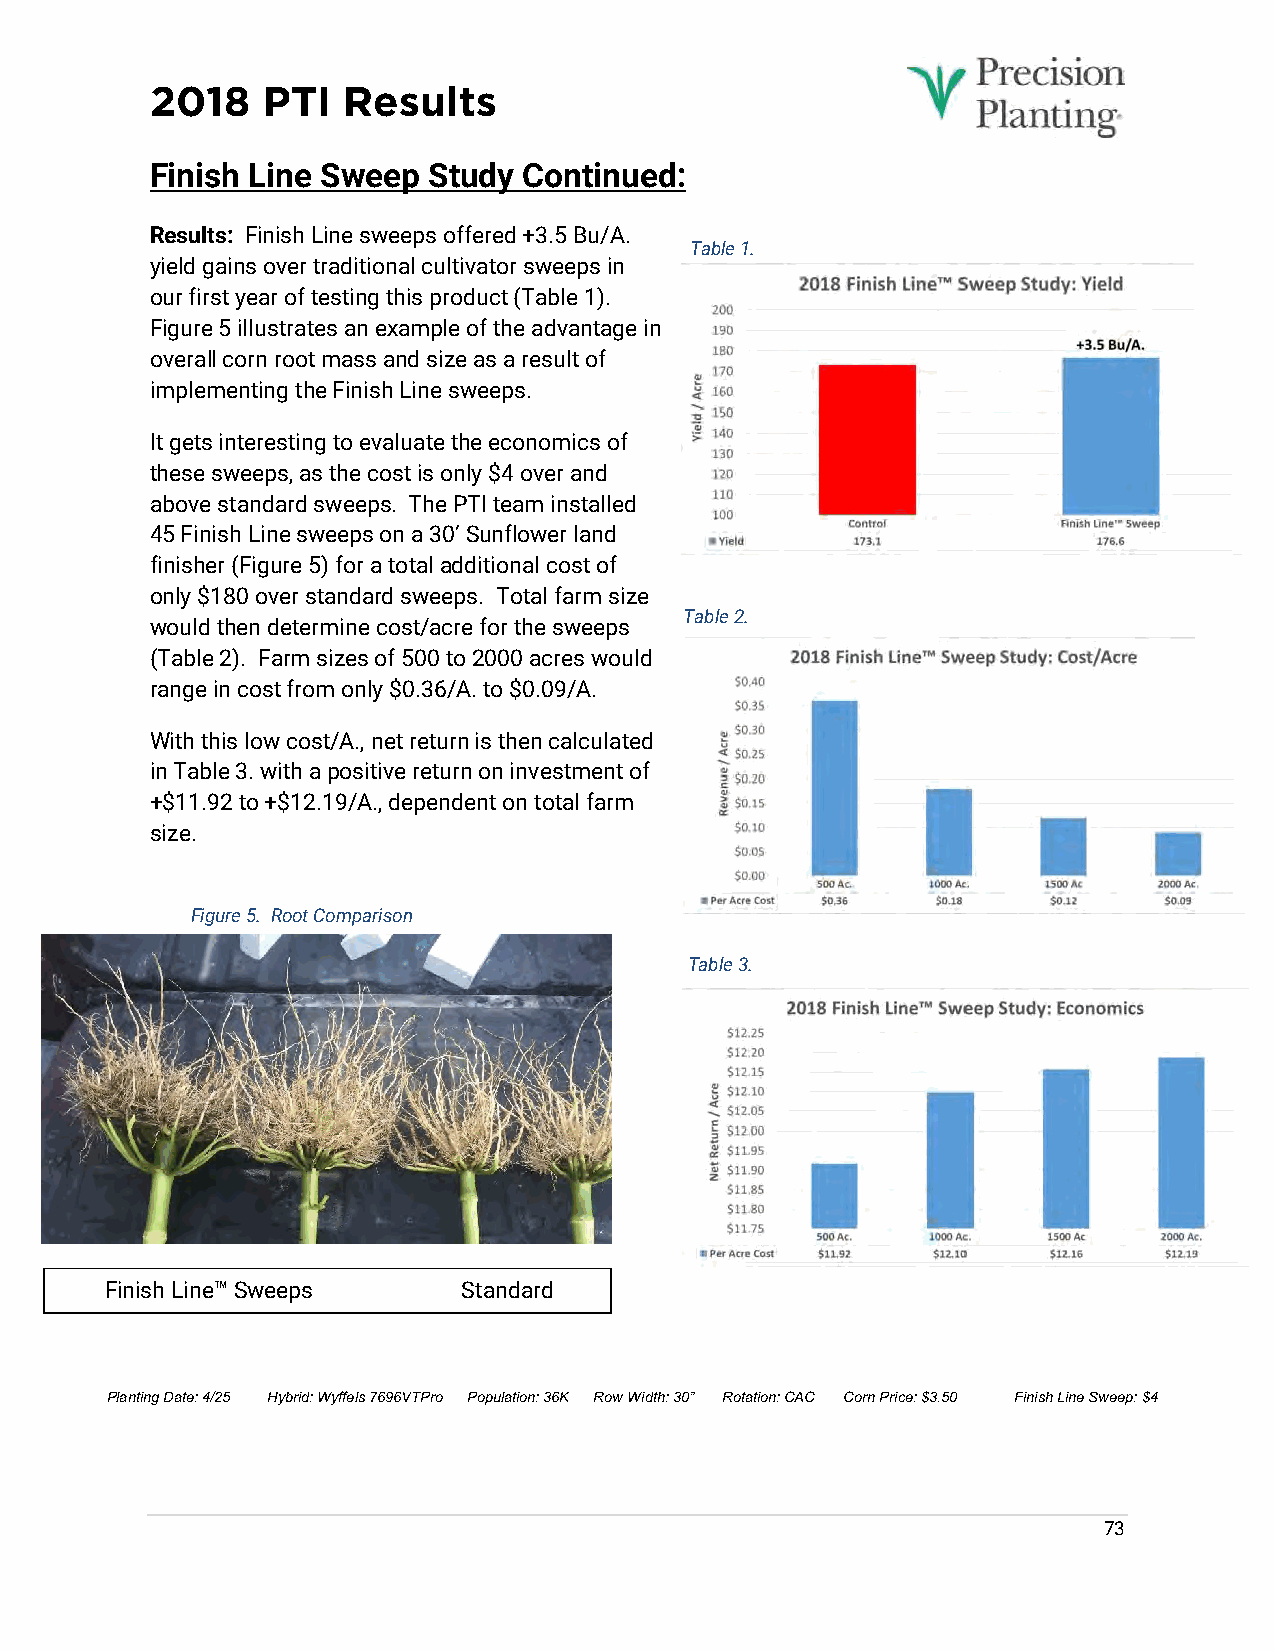
2018   PTI   Results
 Finish Line Sweep Study  Continued:
 Results: Finish Line sweeps offered +3.5 Bu/A.
 Table 1.
 yield gains over traditional cultivator sweeps in
 our first year of testing this product (Table 1).
 Figure 5 illustrates an example of the advantage in
 overall corn root mass and size as a result of
 implementing the Finish Line sweeps.
 It gets interesting to evaluate the economics of
 these sweeps, as the cost is only $4 over and
 above standard sweeps. The PTI team installed
 45 Finish Line sweeps on a 30’ Sunflower land
 finisher (Figure 5) for a total additional cost of
 only $180 over standard sweeps. Total farm size
 Table 2.
 would then determine cost/acre for the sweeps
 (Table 2). Farm sizes of 500 to 2000 acres would
 range in cost from only $0.36/A. to $0.09/A.
 With this low cost/A., net return is then calculated
 in Table 3. with a positive return on investment of
 +$11.92 to +$12.19/A., dependent on total farm
 size.
 Figure 5. Root Comparison
 Table 3.
 Finish Line™ Sweeps     Standard
 Shovel
 Planting Date: 4/25 Hybrid: Wyffels 7696VTPro Population: 36K Row Width: 30” Rotation: CAC Corn Price: $3.50 Finish Line Sweep: $4
 73